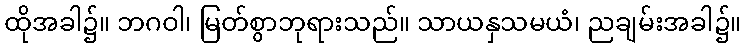
ထိုအခါ၌။ ဘဂဝါ၊ မြတ်စွာဘုရားသည်။ သာယနှသမယံ၊ ညချမ်းအခါ၌။